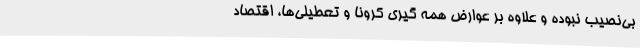
بی‌نصیب نبوده و علاوه بر عوارض همه گیری کرونا و تعطیلی‌ها، اقتصاد